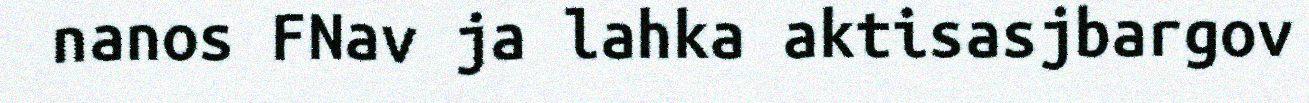
nanos FNav ja lahka aktisasjbargov